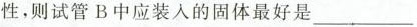
性，则试管B中应装入的固体最好是___